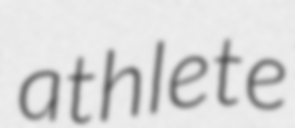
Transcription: athlete